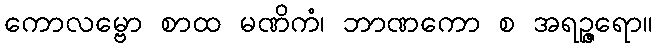
ကောလမ္ဗော စာထ မဏိကံ၊ ဘာဏကော စ အရဉ္ဇရော။